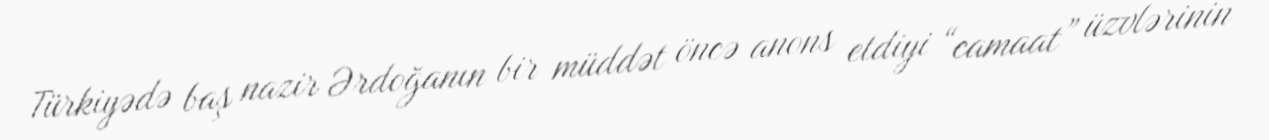
Türkiyədə baş nazir Ərdoğanın bir müddət öncə anons etdiyi “camaat” üzvlərinin